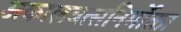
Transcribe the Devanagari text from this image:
अकालवत्सनिर्मोक्ता